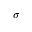
\sigma